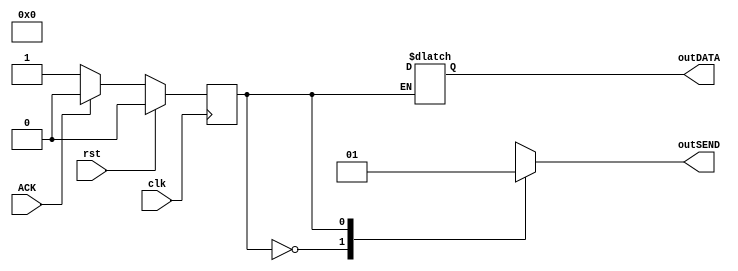
module fsmCPU (ACK, clk, rst, outDATA,outSEND);	
	output reg outSEND;
  	output reg [31:0] outDATA;

	input ACK;
  	input clk, rst;
	
	/*
		CPU states:
		0 - not sending
		1 - sending
	*/
	reg currentState, nextState;

	// Current State
	always @ (posedge clk)
	begin
		if (rst == 1)
			currentState <= 0;
		else
			currentState <= nextState;
	end

	// Next State
	always @ (*)
	begin
		case ({currentState})
			0, 1:
				if (ACK == 0)
					nextState = 1;
				else
					nextState = 0;
		endcase
	end

	// Outputs
	always @ (*)
	begin
		case ({currentState})
			0:
			begin
				outSEND = 0;
			end
			1:
			begin
				outSEND = 1;
				// Generates a random 32-bit number
				outDATA = $random;
			end
			
		endcase
	end

endmodule